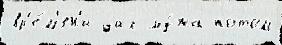
вр'е́м'ен'и дал му́жа потом